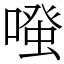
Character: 𠽟